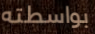
بواسطته